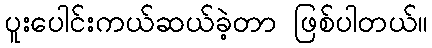
ပူးပေါင်းကယ်ဆယ်ခဲ့တာ ဖြစ်ပါတယ်။